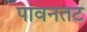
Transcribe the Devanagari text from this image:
पावनतट